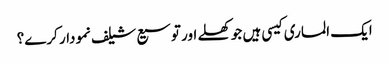
ایک الماری کیسی ہیں جو کھلے اور توسیع شیلف نمودار کرے؟